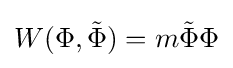
W(\Phi ,{\tilde {\Phi }})=m{\tilde {\Phi }}\Phi